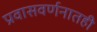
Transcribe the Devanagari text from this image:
प्रवासवर्णनातही